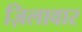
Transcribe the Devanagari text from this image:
ज़िलावार